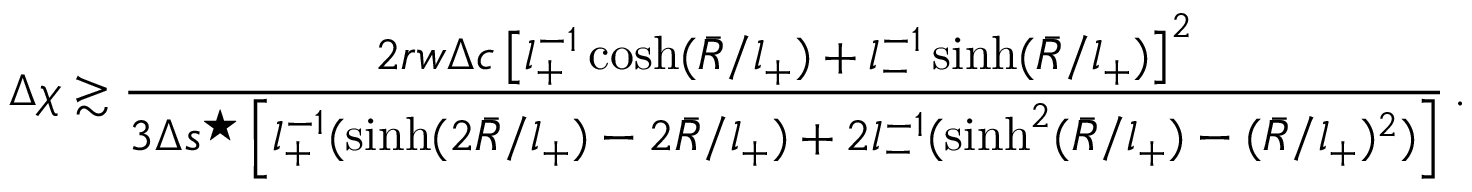
\Delta \chi \gtrsim \frac { 2 r w \Delta c \left[ l _ { + } ^ { - 1 } \cosh ( \bar { R } / l _ { + } ) + l _ { - } ^ { - 1 } \sinh ( \bar { R } / l _ { + } ) \right] ^ { 2 } } { 3 \Delta s ^ { \star } \left[ l _ { + } ^ { - 1 } ( \sinh ( 2 \bar { R } / l _ { + } ) - 2 \bar { R } / l _ { + } ) + 2 l _ { - } ^ { - 1 } ( \sinh ^ { 2 } ( \bar { R } / l _ { + } ) - ( \bar { R } / l _ { + } ) ^ { 2 } ) \right] } \, .